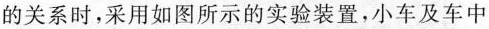
的关系时，采用如图所示的实验装置，小车及车中